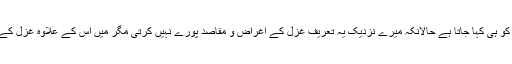
غزل دراصل عورت سے بات کرنے کو ہی کہا جاتا ہے حالانکہ میرے نزدیک یہ تعریف غزل کے اغراض و مقاصد پورے نہیں کرتی مگر میں اِس کے علاوہ غزل کے اور کوئی معنی جانتا بھی نہیں ہوں ۔